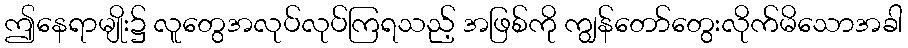
ဤနေရာမျိုး၌ လူတွေအလုပ်လုပ်ကြရသည့် အဖြစ်ကို ကျွန်တော်တွေးလိုက်မိသောအခါ